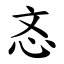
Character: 忞